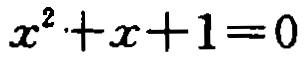
\(x^{2}+x + 1 = 0\)